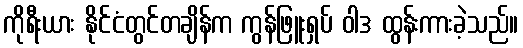
ကိုရီးယား နိုင်ငံတွင်တချိန်က ကွန်ဖြူးရှပ် ဝါဒ ထွန်းကားခဲ့သည်။